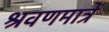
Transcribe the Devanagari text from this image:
श्रवणमात्रें